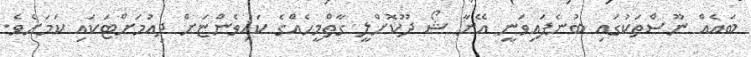
ބައެއް ނޫސްތަކުގައި ބުނެފައިވަނީ އޭނާ ޝޯ ދޫކޮށްލީ ގާތްމީހެއްގެ ކައިވެންޏަށް ދިއުމަށްޓަކައި ކަމަށެވެ.